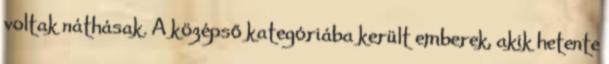
voltak náthásak. A középső kategóriába került emberek, akik hetente